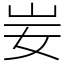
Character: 妛